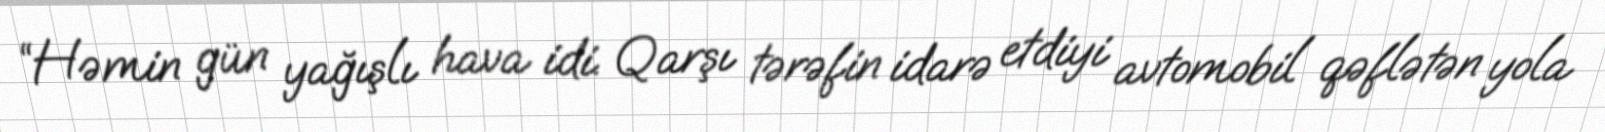
“Həmin gün yağışlı hava idi. Qarşı tərəfin idarə etdiyi avtomobil qəflətən yola